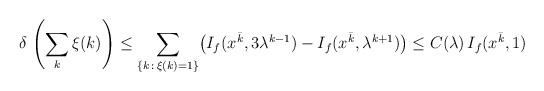
LaTeX: \begin{align*} \delta\, \left( \sum_k \xi(k)\right) \leq \sum_{\{k\,:\, \xi(k)=1\}} \bigl(I_f(x^{\bar k},3\lambda^{k-1})-I_f(x^{\bar k},\lambda^{k+1})\bigr) \leq C(\lambda)\,I_{f}(x^{\bar{k}}, 1)\end{align*}